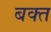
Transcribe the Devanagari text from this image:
बक्त